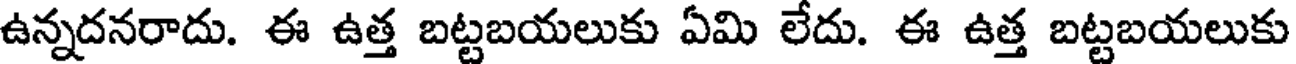
ఉన్నదనరాదు. ఈ ఉత్త బట్టబయలుకు ఏమి లేదు. ఈ ఉత్త బట్టబయలుకు